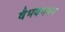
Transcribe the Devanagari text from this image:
वैभवभवन